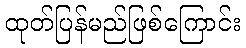
ထုတ်ပြန်မည်ဖြစ်ကြောင်း